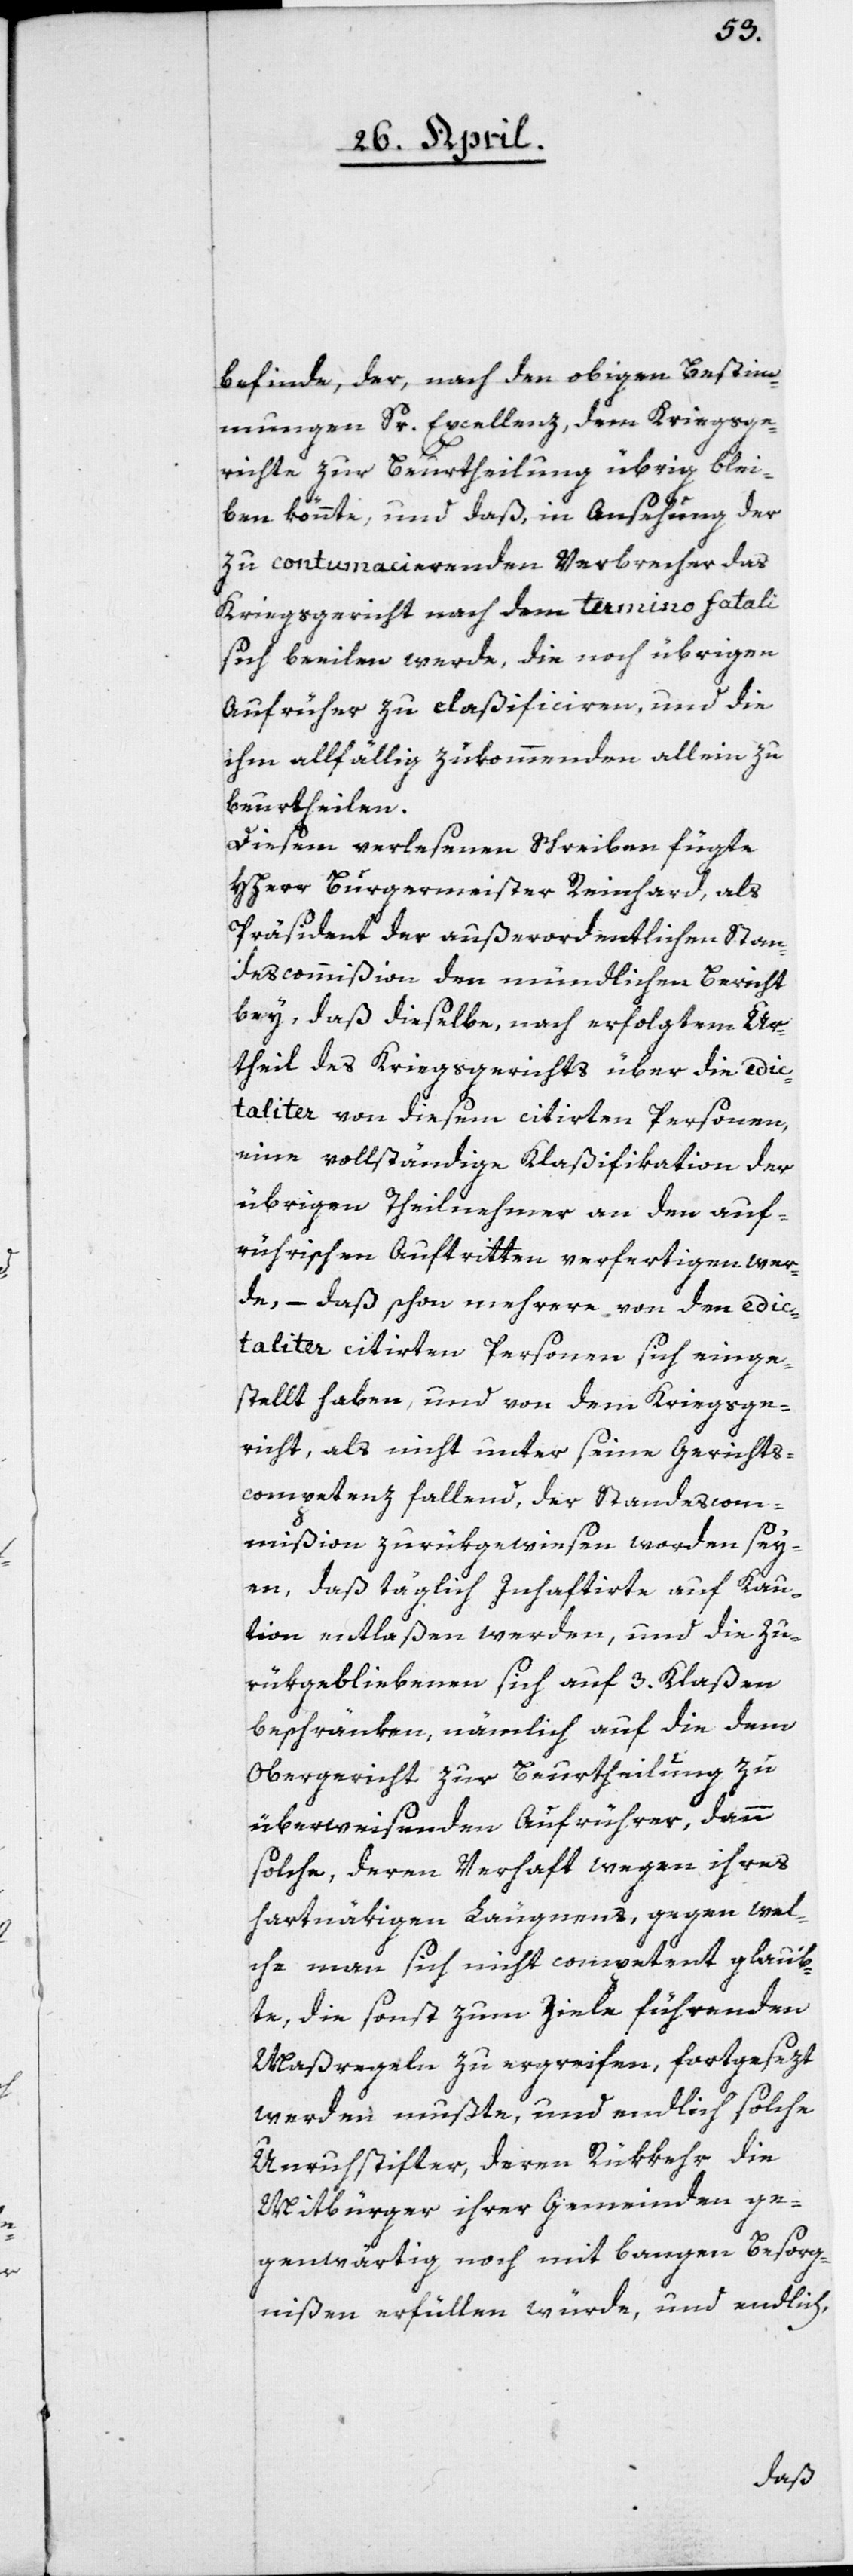
befinde, der, nach den obigen Bestim¬
mungen Sr. Excellenz, dem Kriegsge¬
richte zur Beurtheilung übrig blei¬
ben könnte, und daß, in Ansehung der
zu contumacierenden Verbrecher das
Kriegsgericht nach dem termino fatali
sich beeilen werde, die noch übrigen
Aufrührer zu claßificiren, und die
ihm allfällig zukommenden allein zu
beurtheilen.
Diesem verlesenen Schreiben fügte
HHerr Burgermeister Reinhard, als
Präsident der außerordentlichen Stan¬
descommißion den mündlichen Bericht
bey, daß dieselbe, nach erfolgtem Ur¬
theil des Kriegsgerichts über die edic¬
taliter von diesem [sic!] citirten Personen,
eine vollständige Klaßifikation der
übrigen Theilnehmer an den auf¬
rührischen Auftritten verfertigen wer¬
de, – daß schon mehrere von den edic¬
taliter citirten Personen sich einge¬
stellt haben, und von dem Kriegsge¬
richt, als nicht unter seine Gerichts¬
kompetenz fallend, der Standescom¬
mißion zurükgewiesen worden sey¬
en, daß täglich Inhaftirte auf Kau¬
tion entlaßen werden und die Zu¬
rükgebliebenen sich auf 3. Klaßen
beschränken, nämlich auf die dem
Obergericht zur Beurtheilung zu
überweisenden Aufrührer, dann
solche, deren Verhaft wegen ihres
hartnäkigen Läugnens, gegen wel¬
che man sich nicht competent glaub¬
te, die sonst zum Ziele führenden
Maßregeln zu ergreifen, fortgesezt
werden mußte, und endlich solche
Unruhestifter, deren Rükkehr die
Mitbürger ihrer Gemeinden ge¬
genwärtig noch mit bangen Besorg¬
nißen erfüllen würde, und endlich,